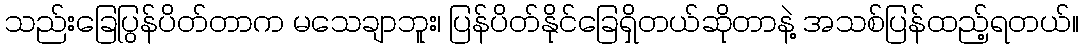
သည်းခြေပြွန်ပိတ်တာက မသေချာဘူး၊ ပြန်ပိတ်နိုင်ခြေရှိတယ်ဆိုတာနဲ့ အသစ်ပြန်ထည့်ရတယ်။